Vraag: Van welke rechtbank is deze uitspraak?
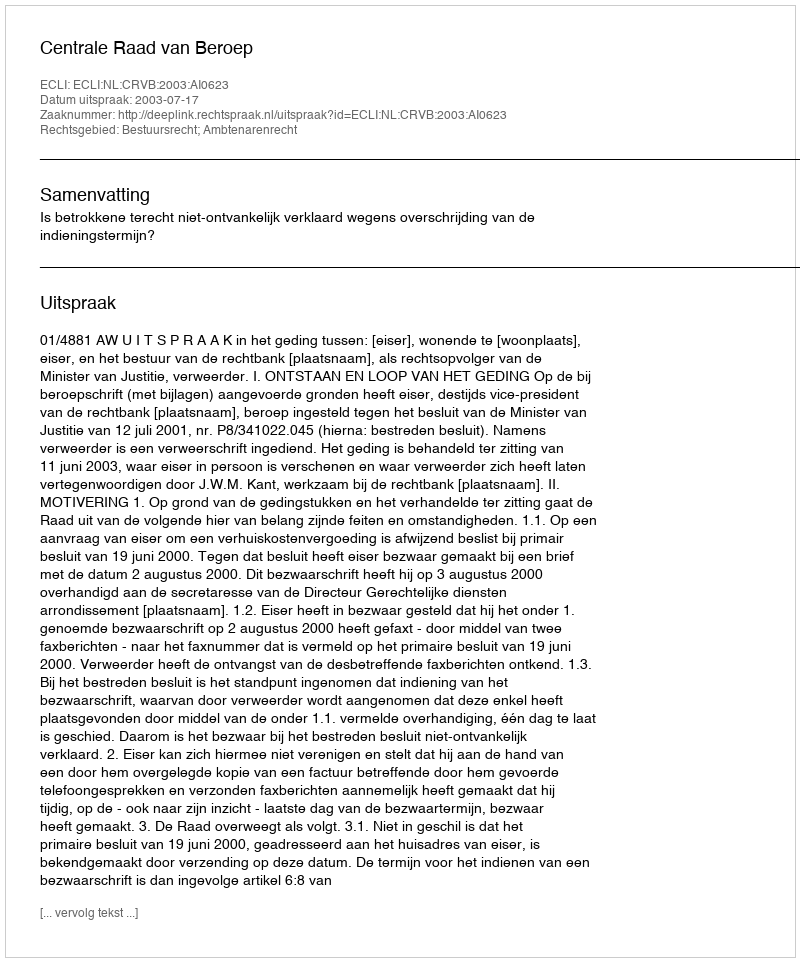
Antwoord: Centrale Raad van Beroep